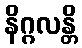
နိဂ္ဂလန္တိ